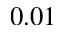
0 . 0 1